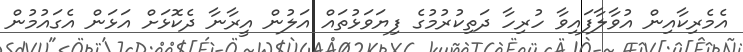
އެމެރިކާއިން އުވާލާފައިވާ ހުރިހާ ދަތިކުރުމުގެ ފިޔަވަޅުތައް އަލުން އީރާނާ ދެކޮޅަށް އަޅަން އެގައުމުން